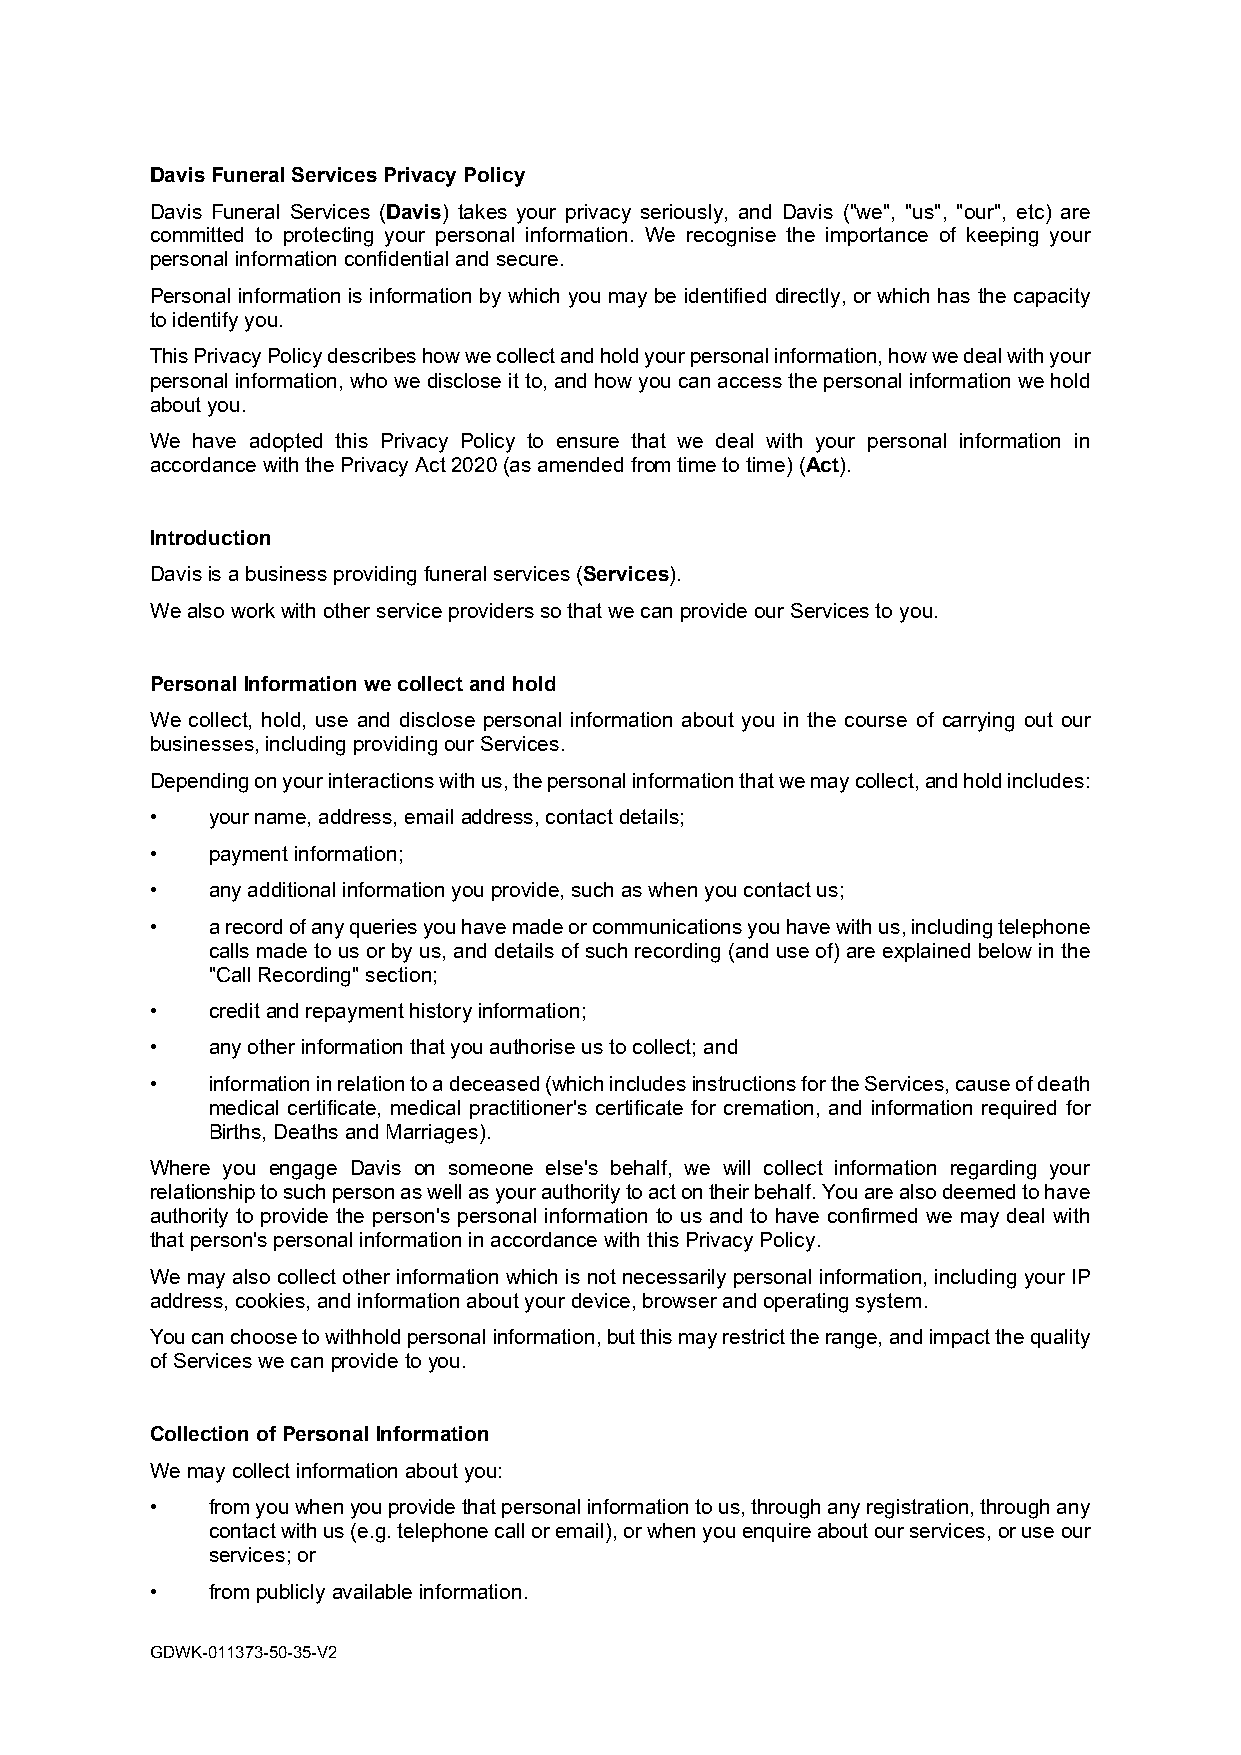
Davis Funeral Services Privacy Policy
 Davis Funeral Services (Davis) takes your privacy seriously, and Davis ("we", "us", "our", etc) are
 committed to protecting your personal information. We recognise the importance of keeping your
 personal information confidential and secure.
 Personal information is information by which you may be identified directly, or which has the capacity
 to identify you.
 This Privacy Policy describes how we collect and hold your personal information, how we deal with your
 personal information, who we disclose it to, and how you can access the personal information we hold
 about you.
 We have adopted this Privacy Policy to ensure that we deal with your personal information in
 accordance with the Privacy Act 2020 (as amended from time to time) (Act).
 Introduction
 Davis is a business providing funeral services (Services).
 We also work with other service providers so that we can provide our Services to you.
 Personal Information we collect and hold
 We collect, hold, use and disclose personal information about you in the course of carrying out our
 businesses, including providing our Services.
 Depending on your interactions with us, the personal information that we may collect, and hold includes:
 •   your name, address, email address, contact details;
 •   payment information;
 •   any additional information you provide, such as when you contact us;
 •   a record of any queries you have made or communications you have with us, including telephone
 calls made to us or by us, and details of such recording (and use of) are explained below in the
 "Call Recording" section;
 •   credit and repayment history information;
 •   any other information that you authorise us to collect; and
 •   information in relation to a deceased (which includes instructions for the Services, cause of death
 medical certificate, medical practitioner's certificate for cremation, and information required for
 Births, Deaths and Marriages).
 Where you engage Davis on someone else's behalf, we will collect information regarding your
 relationship to such person as well as your authority to act on their behalf. You are also deemed to have
 authority to provide the person's personal information to us and to have confirmed we may deal with
 that person's personal information in accordance with this Privacy Policy.
 We may also collect other information which is not necessarily personal information, including your IP
 address, cookies, and information about your device, browser and operating system.
 You can choose to withhold personal information, but this may restrict the range, and impact the quality
 of Services we can provide to you.
 Collection of Personal Information
 We may collect information about you:
 •   from you when you provide that personal information to us, through any registration, through any
 contact with us (e.g. telephone call or email), or when you enquire about our services, or use our
 services; or
 •   from publicly available information.
 GDWK-011373-50-35-V2